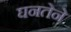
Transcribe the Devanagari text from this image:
घनतेने